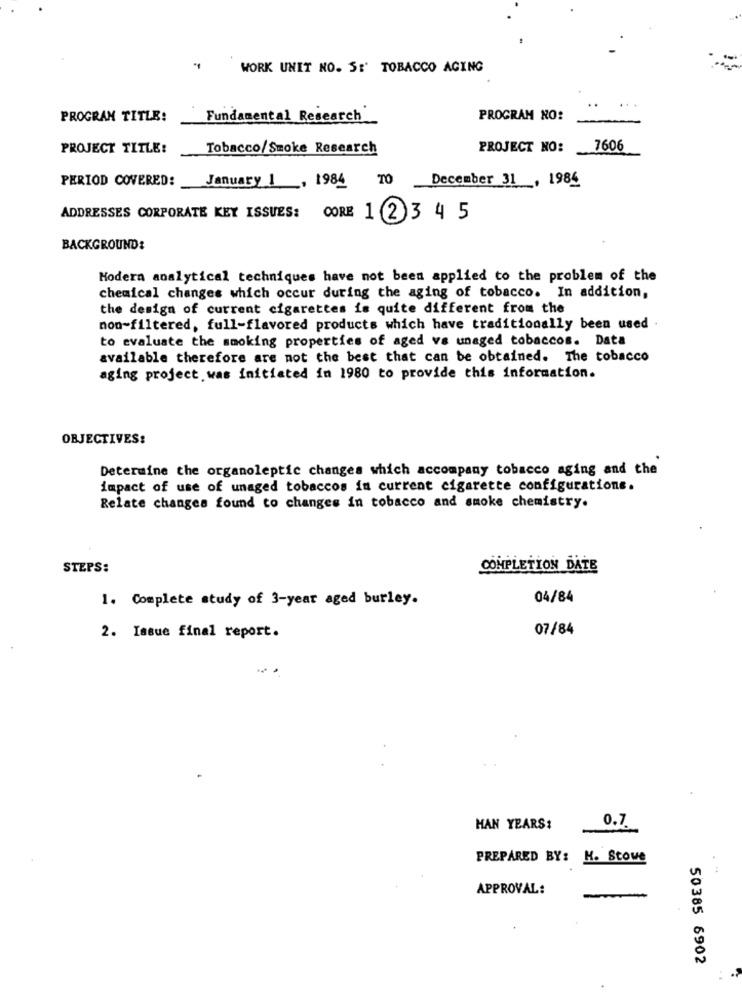
WORK UNIT NO. S:' TOBACCO AGING
PROGRAM TITLE:
Fundamental Research
PROGRAM NO:
PROJECT TITLE:
Tobacco/Smoke Research
PROJECT NO: 7606
PERIOD COVERED:
January 1 , 1984
TO
December 31 , 1984
ADDRESSES CORPORATE KEY ISSUES:
CORE 1 2 3 4 5
BACKGROUND:
Modern analytical techniques have not been applied to the problem of the
chemical changes which occur during the aging of tobacco. In addition,
the design of current cigarettes is quite different from the
non-filtered, full-flavored products which have traditionally been used
to evaluate the smoking properties of aged va unaged tobaccos. Data
available therefore are not the best that can be obtained. The tobacco
aging project was initiated in 1980 to provide this information.
OBJECTIVES:
Determine the organoleptic changes which accompany tobacco aging and the
impact of use of unaged tobaccos in current cigarette configuratione.
Relate changes found to changes in tobacco and smoke chemistry.
STEPS:
COMPLETION DATE
1. Complete study of 3-year aged burley.
04/84
07/84
2. Issue final report.
0.7
HAN YEARS:
PREPARED BY: H. Stove
APPROVAL:
50385 6902